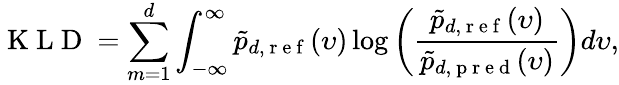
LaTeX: \mathrm{~K~L~D~}=\sum_{m=1}^{d}\int_{-\infty}^{\infty}\tilde{p}_{d,\mathrm{~r~e~f~}}(\upsilon)\log\left(\frac{\tilde{p}_{d,\mathrm{~r~e~f~}}(\upsilon)}{\tilde{p}_{d,\mathrm{~p~r~e~d~}}(\upsilon)}\right)d\upsilon,